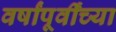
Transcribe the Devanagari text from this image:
वर्षांपूर्वींच्या